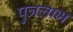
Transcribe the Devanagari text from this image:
पुत्रलाभ